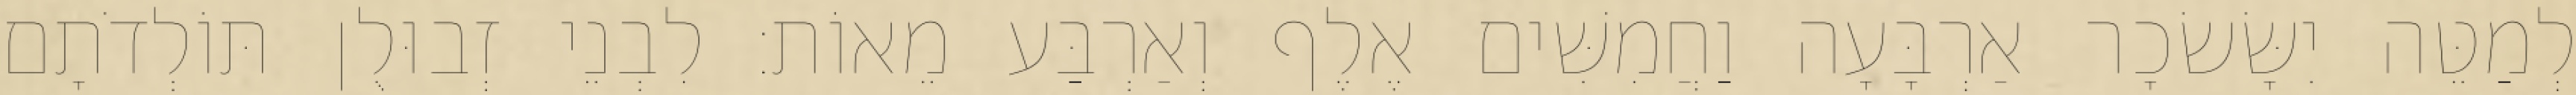
לְמַטֵּה יִשָּׂשׂכָר אַרְבָּעָה וַחֲמִשִּׁים אֶלֶף וְאַרְבַּע מֵאוֹת׃ לִבְנֵי זְבוּלֻן תּוֹלְדֹתָם